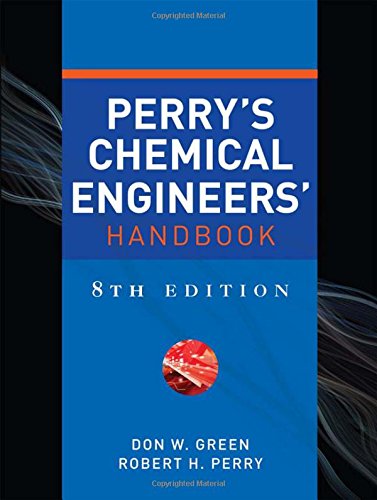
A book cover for Perry's Chemical Engineers' Handbook, Eighth Edition; Don Green; Engineering & Transportation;